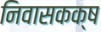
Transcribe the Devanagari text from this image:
निवासकक्ष